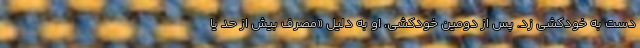
دست به خودکشی زد. پس از دومین خودکشی، او به دلیل «مصرف بیش از حد یا